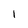
Character: 1